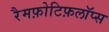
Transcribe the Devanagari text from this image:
रैमफ़ोटिफ़लॉप्स